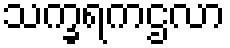
သက္ခရကဌလာ